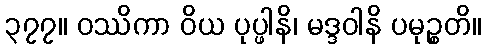
၃၇၇။ ဝဿိကာ ဝိယ ပုပ္ဖါနိ၊ မဒ္ဒဝါနိ ပမုဉ္စတိ။